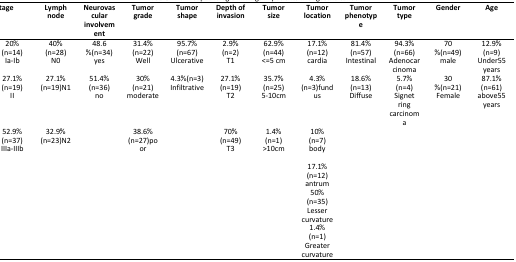
| stage | Lymph node | Neurovascular involvement | Tumor grade | Tumor shape | Depth of invasion | Tumor size | Tumor location | Tumor Phenotype | Tumor type | Gender | Age |
 | --- | --- | --- | --- | --- | --- | --- | --- | --- | --- | --- | --- |
 | 20%(n=14)Ia-Ib | 40%(n=28)N0 | 48.6%(n=34)yes | 31.4%(n=22)Well | 95.7%(n=67)Ulcerative | 2.9%(n=2)T1 | 62.9%(n=44)<=5 cm | 17.1%(n=12)cardia | 81.4%(n=57)Intestinal | 94.3%(n=66) Adenocarcinoma | 70%(n=49)male | 12.9%(n=9)Under55 years |
 | 27.1%(n=19)II | 27.1%(n=19)N1 | 51.4%(n=36)no | 30%(n=21)moderate | 4.3%(n=3)Infiltrative | 27.1%(n=19)T2 | 35.7%(n=25)5-10cm | 4.3%(n=3)fundus | 18.6%(n=13)Diffuse | 5.7%(n=4)Signet ring carcinomaa | 30% (n=21)Female | 87.1%(n=61)above55 years |
 | 52.9%(n=37)IIIa-IIIb | 32.9% (n=23)N2 |  | 38.6%(n=27)poor |  | 70%(n=49)T3 | 1.4%(n=1)>10cm | 10%(n=7)body |  |  |  |  |
 |  |  |  |  |  |  |  | 17.1%(n=12)antrum |  |  |  |  |
 |  |  |  |  |  |  |  | 50%(n=35)Lesser curvature |  |  |  |  |
 |  |  |  |  |  |  |  | 1.4%(n=1)Greater curvature |  |  |  |  |